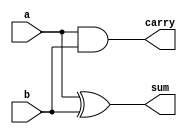
module HalfAdder(
    input wire a,
    input wire b,
    output wire sum,
    output wire carry
);
    assign sum = a ^ b;      // Sum
    assign carry = a & b;    // Carry
endmodule